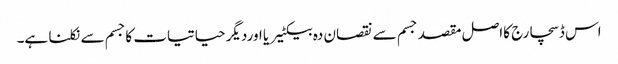
اس ڈسچارج کااصل مقصد جسم سے نقصان دہ بیکٹیریا اوردیگر حیاتیات کاجسم سے نکلنا ہے۔